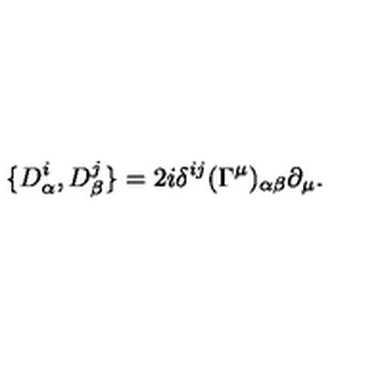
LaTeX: \{ D _ { \alpha } ^ { i } , D _ { \beta } ^ { j } \} = 2 i \delta ^ { i j } ( \Gamma ^ { \mu } ) _ { \alpha \beta } \partial _ { \mu } .